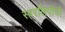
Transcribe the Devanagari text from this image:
स्वरलिपीची